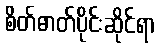
စိတ်ဓာတ်ပိုင်းဆိုင်ရာ